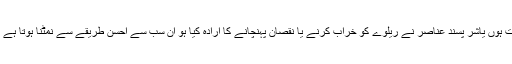
عید ہو،شب برات ہو،بارش ہو،آندھی ہو،مشکل حالات ہوں یاشر پسند عناصر نے ریلوے کو خراب کرنے یا نقصان پہنچانے کا ارادہ کیا ہو ان سب سے احسن طریقے سے نمٹنا ہوتا ہے ہم نے مشکل وقت میں اپنی ٹرین کو رُکنے نہیں دیا۔